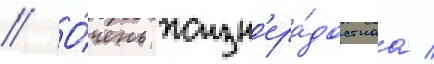
// О́чень жизн'ера́достнаа /